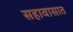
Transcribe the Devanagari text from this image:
सहावासात